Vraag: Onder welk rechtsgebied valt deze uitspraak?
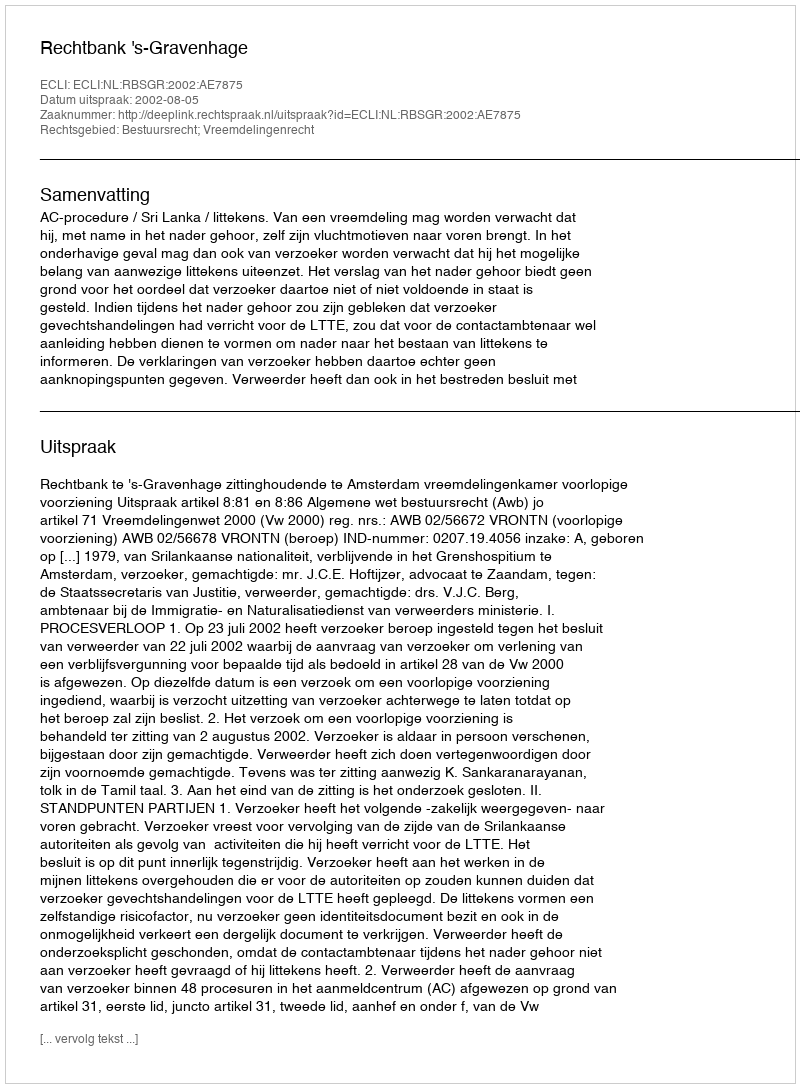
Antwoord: Bestuursrecht; Vreemdelingenrecht